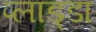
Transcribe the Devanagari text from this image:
प्लाड्डा